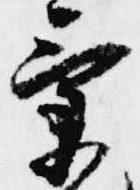
景